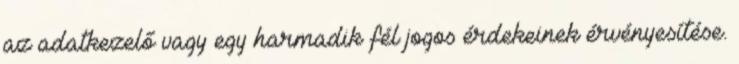
az adatkezelő vagy egy harmadik fél jogos érdekeinek érvényesítése.